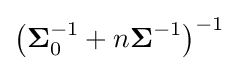
\left({\boldsymbol {\Sigma }}_{0}^{-1}+n{\boldsymbol {\Sigma }}^{-1}\right)^{-1}